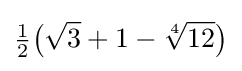
{\tfrac {1}{2}}{\bigl (}{\sqrt {3}}+1-{\sqrt[{4}]{12}}{\bigr )}